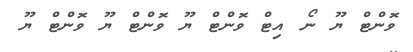
ވޮންޓް ޔޫ ނޯ އިޓް ވޮންޓް ޔޫ ވޮންޓް ޔޫ ވޮންޓް ޔޫ